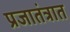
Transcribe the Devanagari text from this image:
प्रजातंत्रात